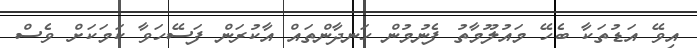
އިވޭ އަޑުތަކާ ބެހޭ މައުލޫމާތު ފެނުމުން ހަނދާންތައް އާކުރަން ފަސޭހަވާ ކަމަކަށް ވެސް